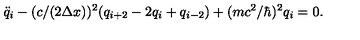
\ddot { q } _ { i } - ( c / ( 2 \Delta x ) ) ^ { 2 } ( q _ { i + 2 } - 2 q _ { i } + q _ { i - 2 } ) + ( m c ^ { 2 } / \hbar ) ^ { 2 } q _ { i } = 0 .